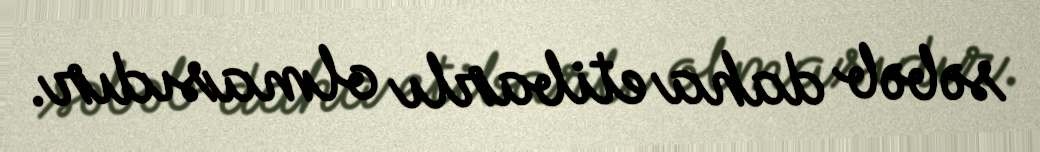
səbəb daha etibarlı olmasıdır.